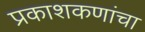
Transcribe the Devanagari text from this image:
प्रकाशकणांचा